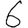
Digit: 6